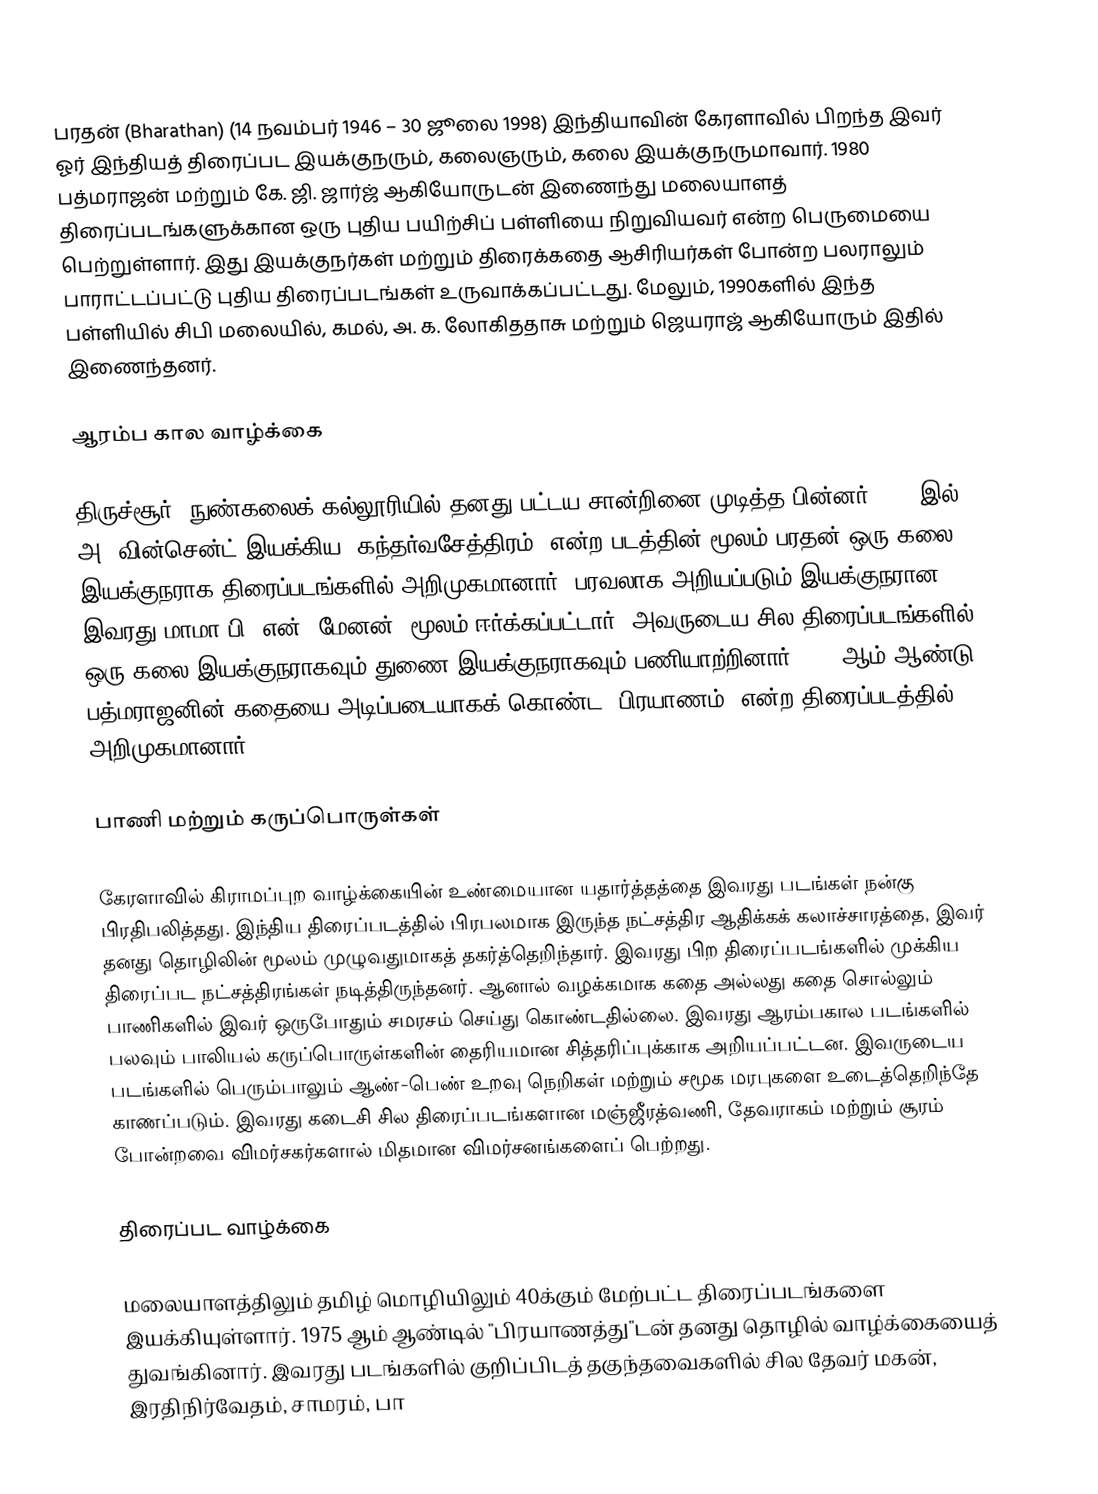
பரதன் (Bharathan)  (14 நவம்பர் 1946 – 30 ஜூலை 1998) இந்தியாவின் கேரளாவில் பிறந்த இவர் ஓர் இந்தியத் திரைப்பட இயக்குநரும், கலைஞரும், கலை இயக்குநருமாவார். 1980 பத்மராஜன் மற்றும் கே. ஜி. ஜார்ஜ் ஆகியோருடன் இணைந்து மலையாளத் திரைப்படங்களுக்கான ஒரு புதிய பயிற்சிப் பள்ளியை நிறுவியவர் என்ற பெருமையை பெற்றுள்ளார். இது இயக்குநர்கள் மற்றும் திரைக்கதை ஆசிரியர்கள் போன்ற பலராலும் பாராட்டப்பட்டு புதிய திரைப்படங்கள் உருவாக்கப்பட்டது. மேலும், 1990களில் இந்த பள்ளியில் சிபி மலையில், கமல், அ. க. லோகிததாசு மற்றும் ஜெயராஜ் ஆகியோரும் இதில் இணைந்தனர்.

ஆரம்ப கால வாழ்க்கை

திருச்சூர், நுண்கலைக் கல்லூரியில் தனது பட்டய சான்றினை முடித்த பின்னர், 1972இல் அ. வின்சென்ட் இயக்கிய "கந்தர்வசேத்திரம்" என்ற படத்தின் மூலம் பரதன் ஒரு கலை இயக்குநராக திரைப்படங்களில் அறிமுகமானார்.  பரவலாக அறியப்படும் இயக்குநரான இவரது மாமா பி. என். மேனன், மூலம் ஈர்க்கப்பட்டார். அவருடைய சில திரைப்படங்களில் ஒரு கலை இயக்குநராகவும் துணை இயக்குநராகவும் பணியாற்றினார். 1975ஆம் ஆண்டு பத்மராஜனின் கதையை அடிப்படையாகக் கொண்ட "பிரயாணம்" என்ற திரைப்படத்தில் அறிமுகமானார்.

பாணி மற்றும் கருப்பொருள்கள்

கேரளாவில் கிராமப்புற வாழ்க்கையின் உண்மையான யதார்த்தத்தை இவரது படங்கள் நன்கு பிரதிபலித்தது. இந்திய திரைப்படத்தில் பிரபலமாக இருந்த நட்சத்திர ஆதிக்கக் கலாச்சாரத்தை, இவர் தனது தொழிலின் மூலம் முழுவதுமாகத் தகர்த்தெறிந்தார். இவரது பிற திரைப்படங்களில் முக்கிய திரைப்பட நட்சத்திரங்கள் நடித்திருந்தனர். ஆனால் வழக்கமாக கதை அல்லது கதை சொல்லும் பாணிகளில் இவர் ஒருபோதும் சமரசம் செய்து கொண்டதில்லை. இவரது ஆரம்பகால படங்களில் பலவும் பாலியல் கருப்பொருள்களின் தைரியமான சித்தரிப்புக்காக அறியப்பட்டன.  இவருடைய படங்களில் பெரும்பாலும் ஆண்-பெண் உறவு நெறிகள் மற்றும் சமூக மரபுகளை உடைத்தெறிந்தே காணப்படும். இவரது கடைசி சில திரைப்படங்களான மஞ்ஜீரத்வணி, தேவராகம் மற்றும் சூரம் போன்றவை விமர்சகர்களால் மிதமான விமர்சனங்களைப் பெற்றது.

திரைப்பட வாழ்க்கை

மலையாளத்திலும் தமிழ் மொழியிலும் 40க்கும் மேற்பட்ட திரைப்படங்களை இயக்கியுள்ளார். 1975 ஆம் ஆண்டில் "பிரயாணத்து"டன் தனது தொழில் வாழ்க்கையைத் துவங்கினார். இவரது படங்களில் குறிப்பிடத் தகுந்தவைகளில் சில தேவர் மகன், இரதிநிர்வேதம், சாமரம், பா